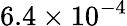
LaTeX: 6.4\times 10^{-4}